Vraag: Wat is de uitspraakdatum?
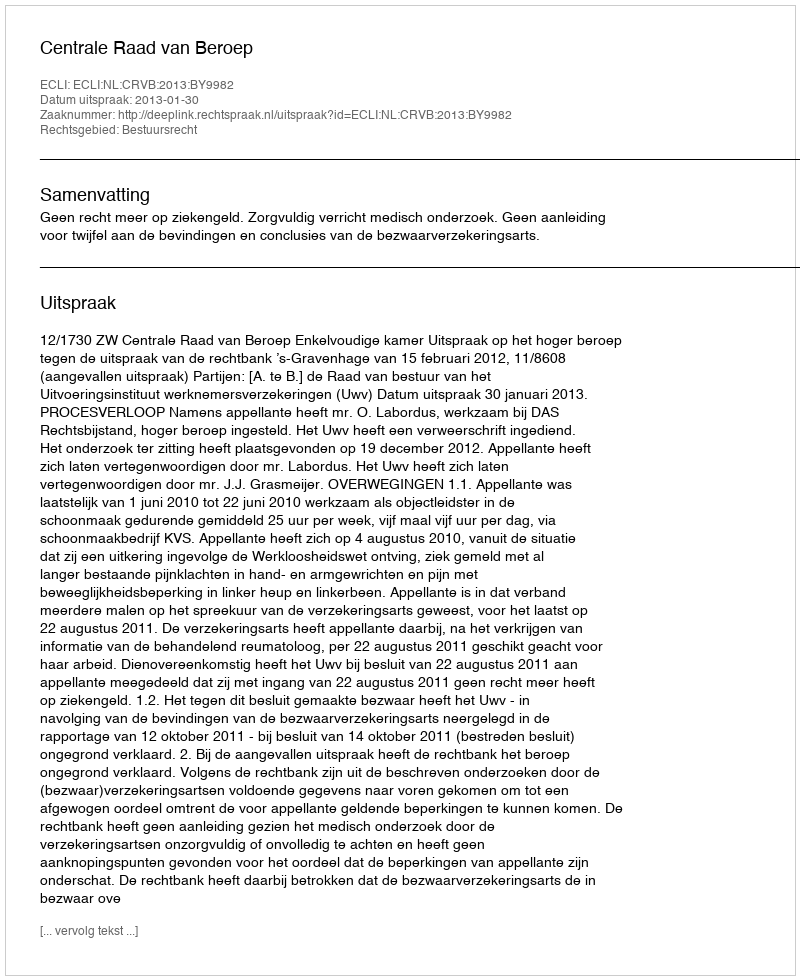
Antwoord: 2013-01-30